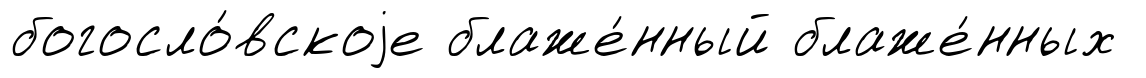
богосло́вскоjе блаже́нный блаже́нных